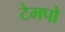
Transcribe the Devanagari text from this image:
टेमपो